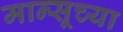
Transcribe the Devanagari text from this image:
मान्सूच्या